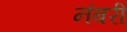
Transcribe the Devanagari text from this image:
नंबरी